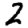
Digit: 2